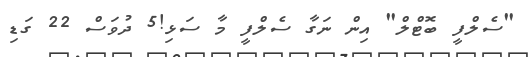
"ސެލްފީ ބޮޓްލް" އިން ނަގާ ސެލްފީ މާ ސަޅި!5 ދުވަސް 22 ގަޑި